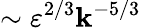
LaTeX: \sim\varepsilon^{2/3}\mathbf{k}^{-5/3}